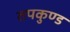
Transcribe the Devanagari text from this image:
तपकुण्ड